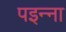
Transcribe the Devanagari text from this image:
पइन्ना